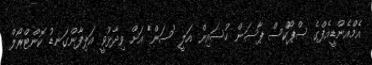
އެމްއެންޑީއެފްގެ ސްޕޯކްސް ޕާސަން ހުސައިން އަލީ 'ސަން' އަށް ވިދާޅުވީ އަލިފާންގަނޑު ކޮންޓްރޯލް